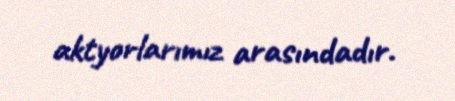
aktyorlarımız arasındadır.